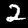
Label: 2